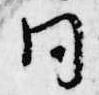
同